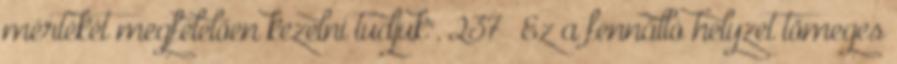
mértékét megfelelően kezelni tudjuk". 237 Ez a fennálló helyzet tömeges